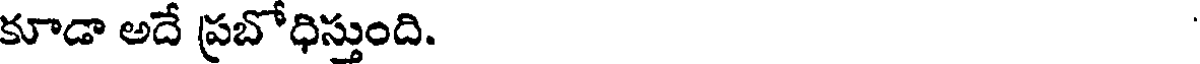
కూడా అదే ప్రబోధిస్తుంది.